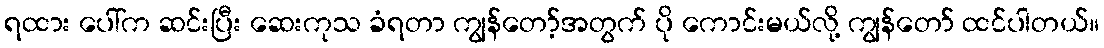
ရထား ပေါ်က ဆင်းပြီး ဆေးကုသ ခံရတာ ကျွန်တော့်အတွက် ပို ကောင်းမယ်လို့ ကျွန်တော် ထင်ပါတယ်။